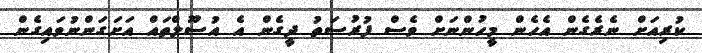
ކުރިއަށް ނެރެގެން އެހެން މީހުންނަށް ވެސް ފުރުސަތު ދީގެން އެ އުސޫލްތައް އަށަގަންނުވައިގެން